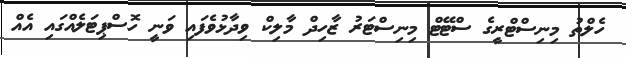
ހެލްތު މިނިސްޓްރީގެ ސްޓޭޓް މިނިސްޓަރު ޒާހިދް މާލިކް ވިދާޅުވެފައި ވަނީ ހޮސްޕިޓަލެއްގައި އެއް